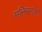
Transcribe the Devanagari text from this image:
मनिरन्जन